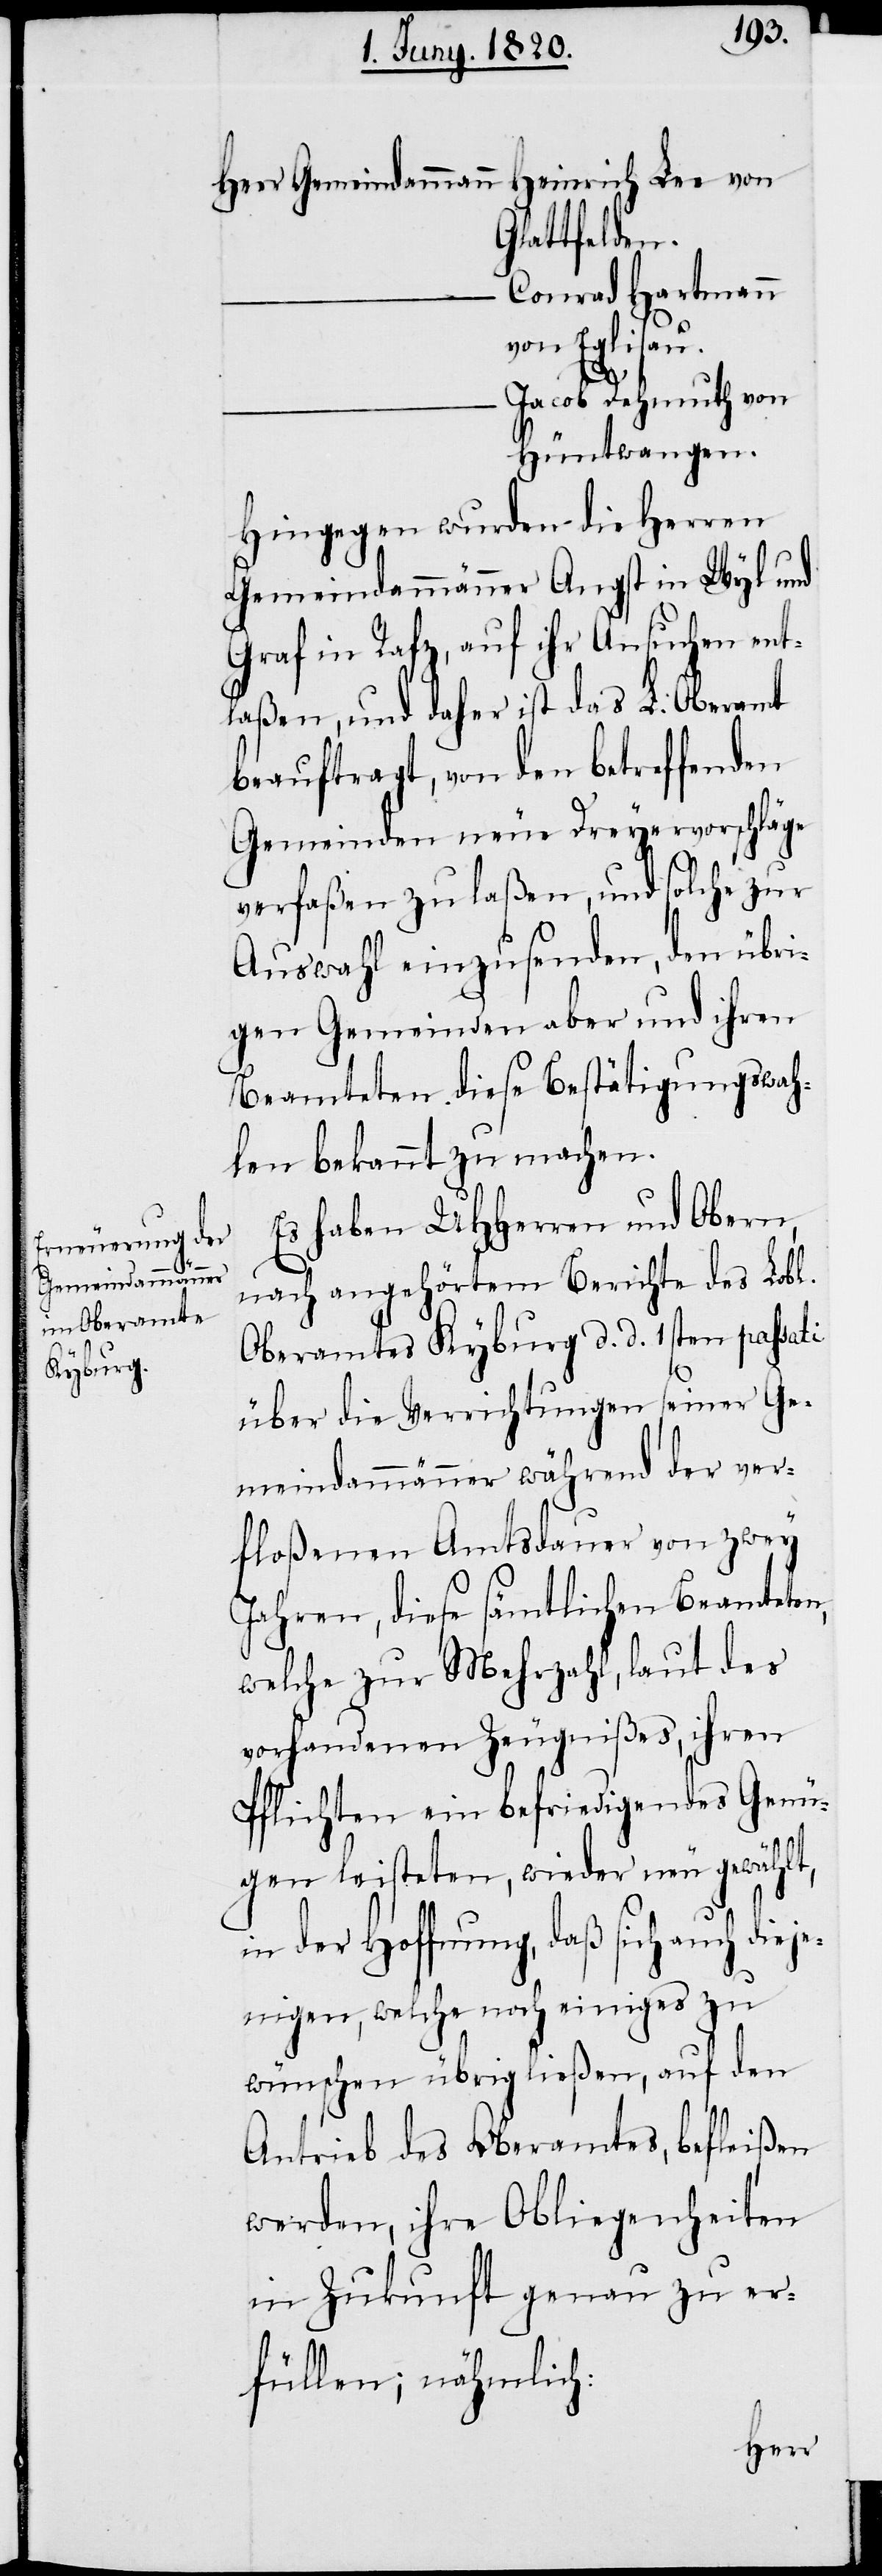
Gemeindammann	H¬

einrich Lee von
Glattfelden.
Conrad Hartmann
von Eglisau.
Jacob Dehmuth von
Hüntwangen.
Hingegen wurden die Herren
Gemeindammänner Angst in Wyl und
Graf in Rafz, auf ihr Ansuchen ent¬
laßen, und daher ist das L. Oberamt
beauftragt, von den betreffenden
Gemeinden neue Dreyervorschläge
verfaßen zu laßen, und solche zur
Auswahl einzusenden, den übri¬
gen Gemeinden aber und ihren
Beamteten diese Bestätigungswah¬
len bekannt zu machen.
Es haben UHherren und Obern,
nach angehörtem Bericht des Lobl.
Oberamtes Kyburg d. d. 1sten passati
über die Verrichtungen seiner Ge¬
meindammänner während der ver¬
floßenen Amtsdauer von zwey
Jahren, diese sämtlichen Beamteten,
welche zur Mehrzahl, laut des
vorhandenen Zeugnißes, ihren
Pflichten ein befriedigendes Genü¬
gen leisteten, wieder neu gewählt,
in der Hoffnung, daß sich auch dieje¬
nigen, welche noch einiges zu
wünschen übrig ließen, auf den
Antrieb des Oberamtes, befleißen
werden ihre Obliegenheiten
in Zukunft genau zu er¬
füllen; nähmlich:
Herr